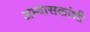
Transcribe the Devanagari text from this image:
अभ्यासकांशी